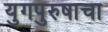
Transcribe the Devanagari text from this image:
युगपुरुषाचा